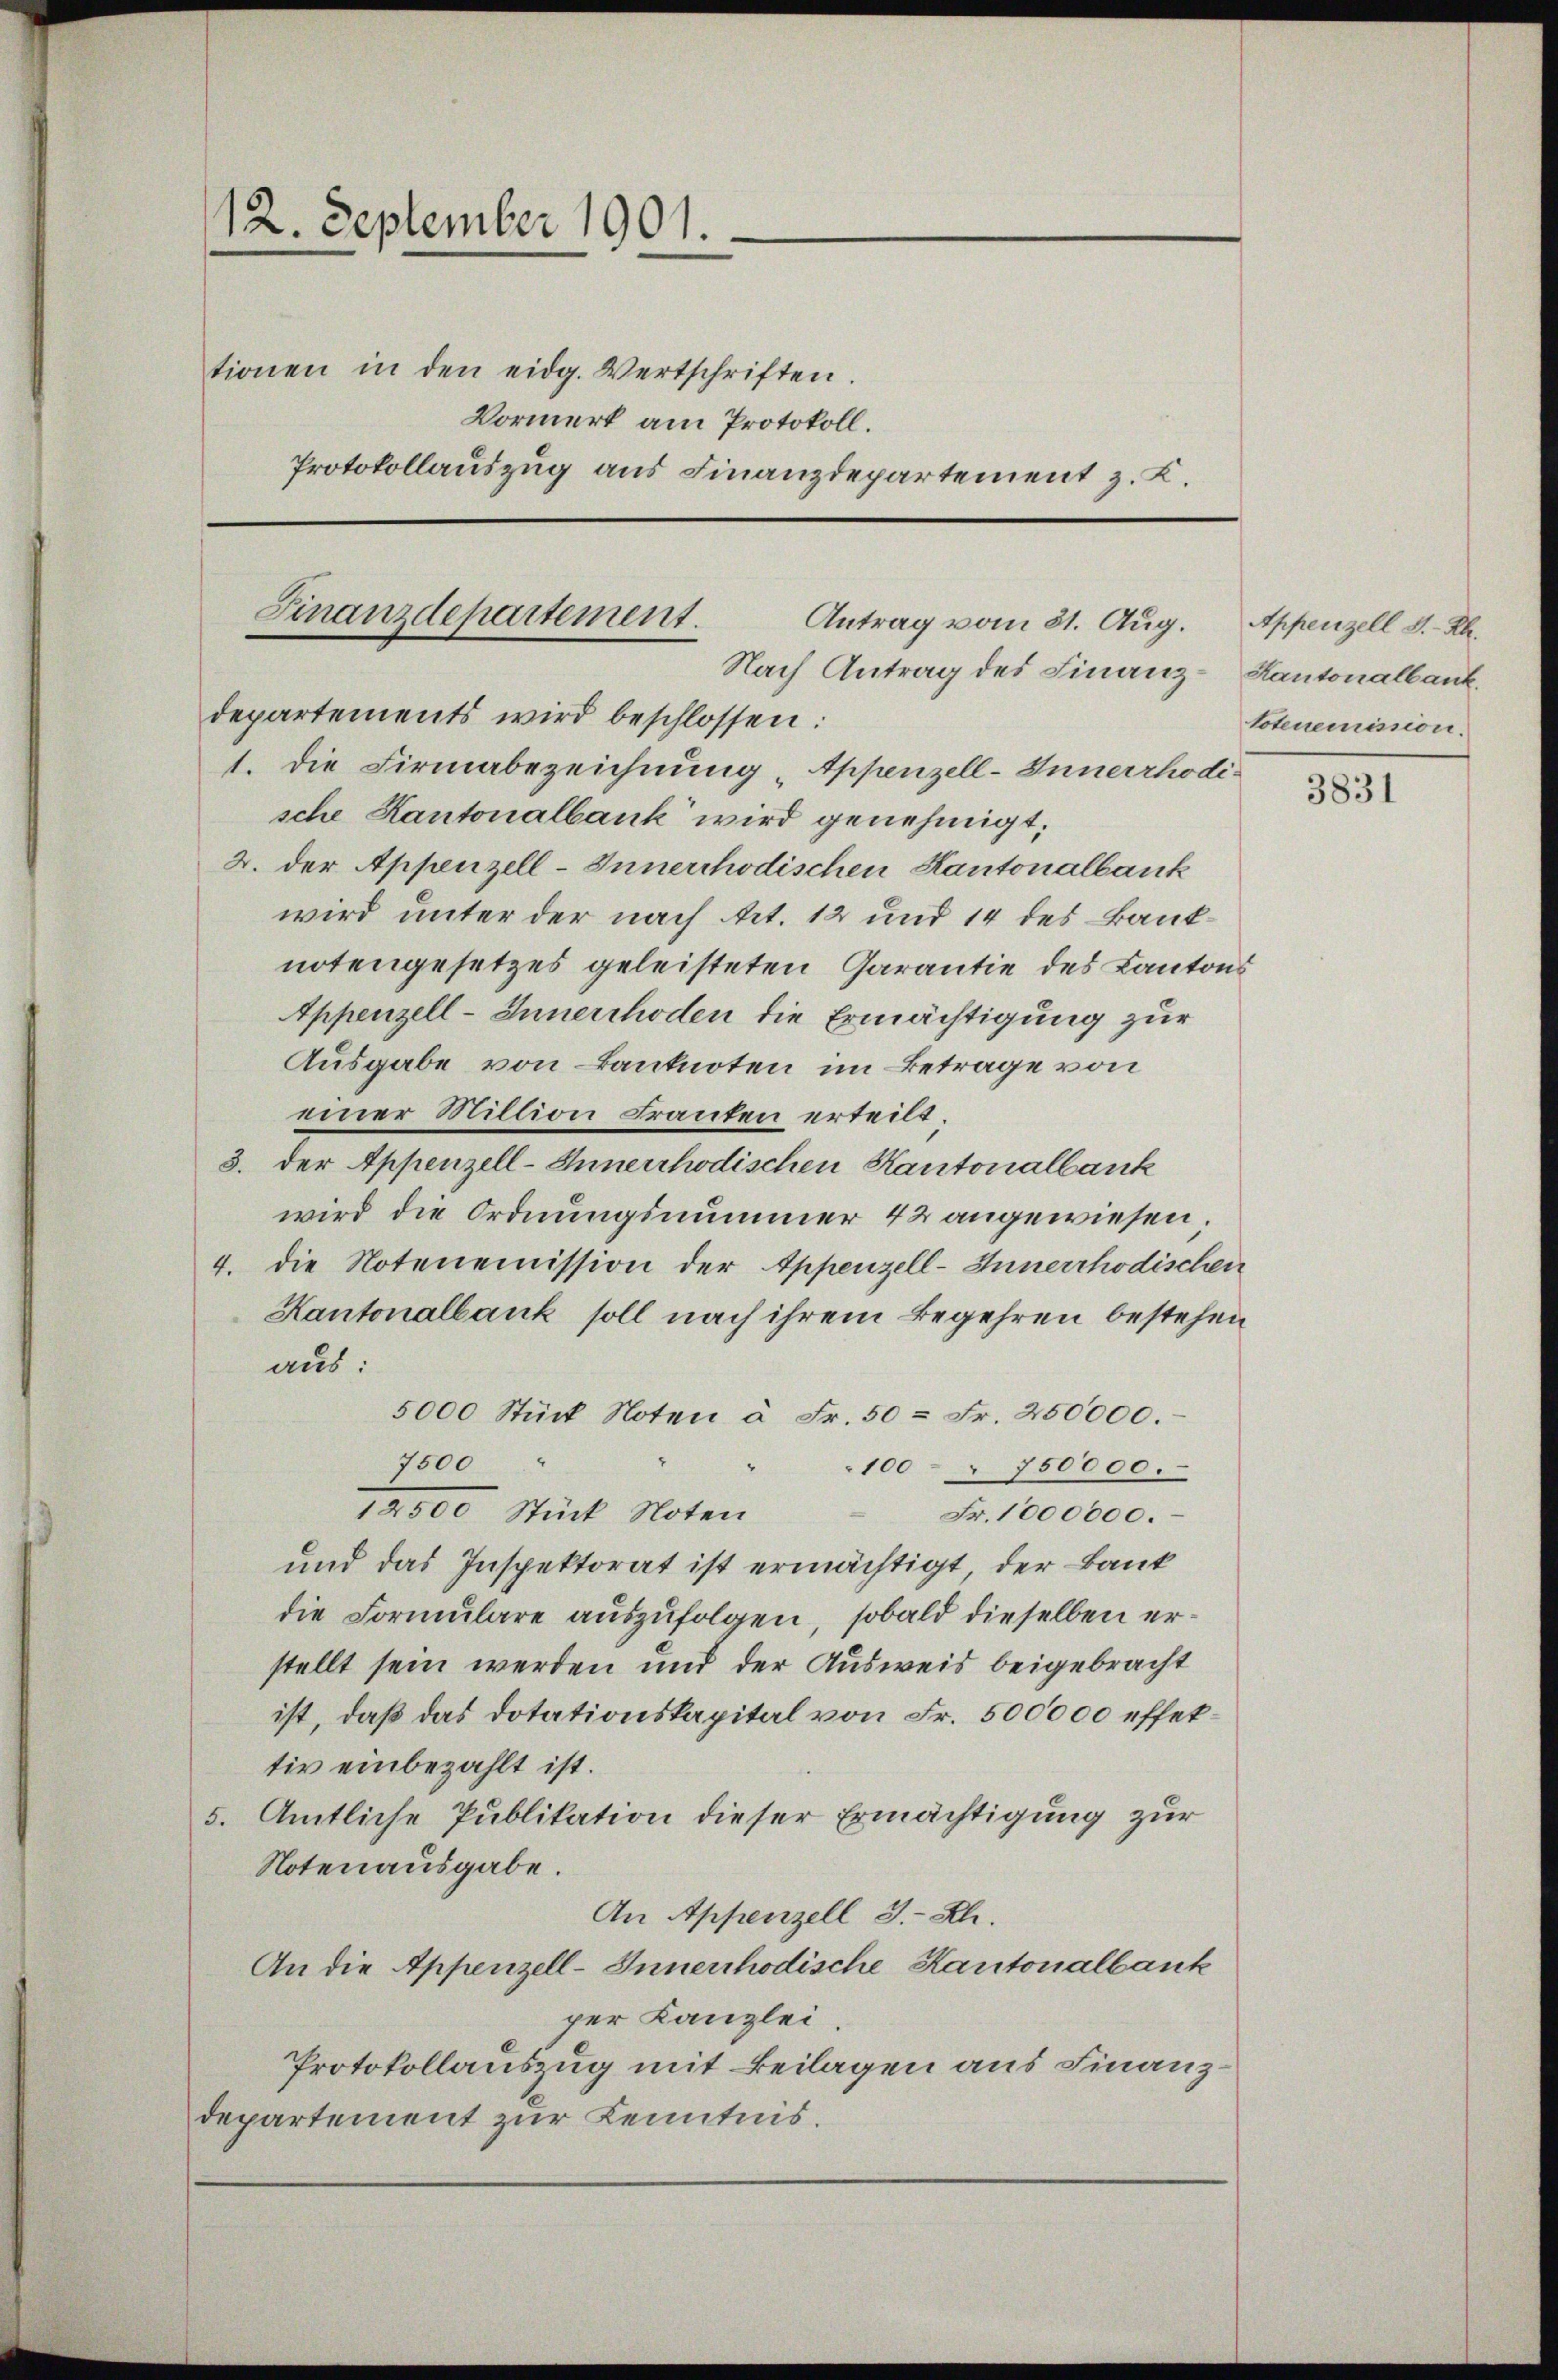
12. September 1901.
tionen in den eidg. Wertschriften.
Vormerk am Protokoll.
Protokollauszug aus Finanzdepartement z. B

Finanzdepartement.
Antrag vom 31. Aug.
Nach Antrag des Finanz-Kantonalbank.
departements wird beschlossen:

1. Die Firmabezeichnung „Appenzell-Innerrhodi-
sche Kantonalbank wird genehmigt.
2. der Appenzell-Innerchodischen Kantonalbank
wird unter der nach Art. 12 und 14 des Banknotengesetzes geleisteten Garantie des Kantons
Appenzell-Innerrhoden die Ermächtigung zur
Ausgabe von Banknoten im Betrage von
einer Million Franten erteilt
3. der Appenzell-Innerrhodischen Kantonalbank
wird die Ordnungsnummer 42 angewiesen
4. die Notenemission der Appenzell-Innerrhodischen
Kantonalbank soll nach ihrem Begehren bestehen
aus:
5000 Stück Noten à Fr. 50 = Fr. 250000.
7500
" 100 - 750000.
Stück Noten
Fr. 1000000.
und das Inspektorat ist ermächtigt, der Bank
die Formulare auszufolgen, sobald dieselben erstellt sein werden und der Ausweis beigebracht
ist, daß das Dotationskapital von Fr. 500000 effektiv einbezahlt ist.
5. Amtliche Publikation dieser Ermächtigung zur
Notenausgabe.
An Appenzell I.-Rh.
An die Appenzell-Innerrhodische Kantonalbank
per Kanzlei
Protokollauszug mit Beilagen aus Finanzdepartement zur Kenntnis.

Appenzell A.-Rh.
totenemission.

3831